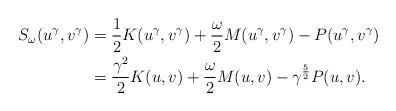
LaTeX: \begin{align*}S_\omega(u^\gamma, v^\gamma) &= \frac{1}{2} K(u^\gamma,v^\gamma) + \frac{\omega}{2} M(u^\gamma,v^\gamma) - P(u^\gamma,v^\gamma) \\&=\frac{\gamma^2}{2} K(u,v) + \frac{\omega}{2} M(u,v) - \gamma^{\frac{5}{2}} P(u,v).\end{align*}